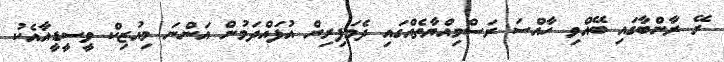
ރޭ ރާންބާގައި ބޭއްވި ހާއްސަ ރަސްމިއްޔާތެއްގައި ދެމަފިރިން އުފައްދަމުން އަންނަ މިއުޒިކް ވީސީޑީއާއެކު